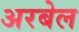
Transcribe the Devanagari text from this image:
अरबेल